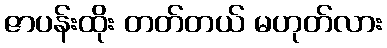
ဇာပန်းထိုး တတ်တယ် မဟုတ်လား